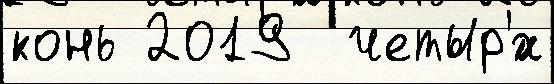
конь 2019  четыр'́х